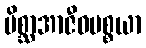
မိစ္ဆာအာဇီဝပစ္စယာ